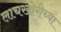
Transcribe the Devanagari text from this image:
लाचखोरीच्या